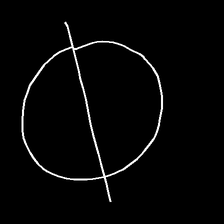
Glyph: orb